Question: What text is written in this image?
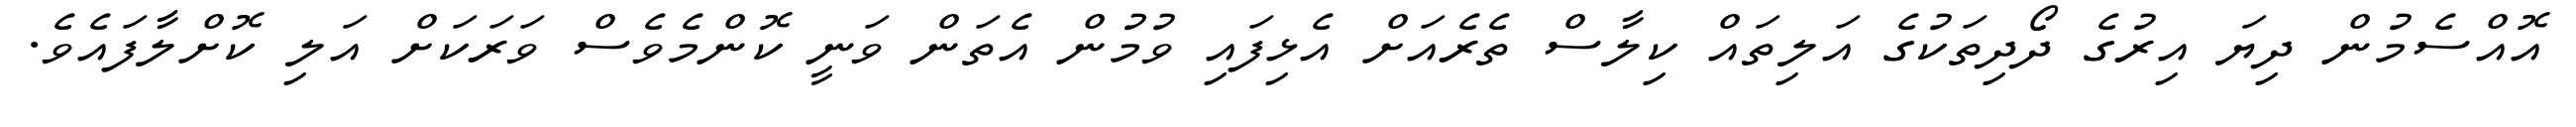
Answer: އޮއްސެމުން ދިޔަ އިރުގެ ދޯދިތަކުގެ އަލިތައް ކިލާސް ތެރެއަށް އެޅިފައި ވުމުން އެތަން ވަނީ ކޮންމެވެސް ވަރަކަށް އަލި ކޮށްލާފައެވެ.